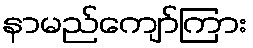
နာမည်ကျော်ကြား